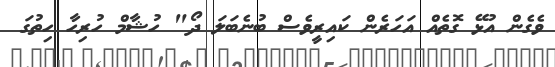
ވެގެން އުޅޭ ގޮތެއް އަހަރެން ކައިރީވެސް ބުނެބަލަ ދޯ" ހުޝާމް ހުރިހާ ހިތުގަ